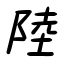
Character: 陸